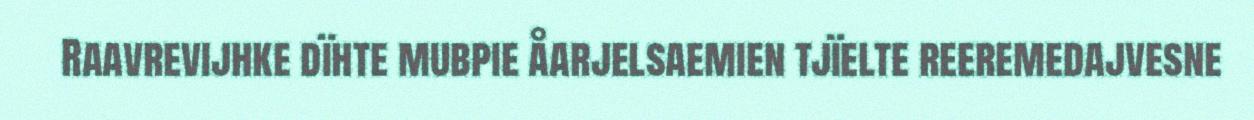
Raavrevijhke dïhte mubpie åarjelsaemien tjïelte reeremedajvesne